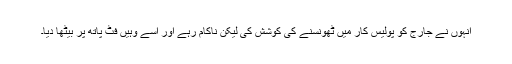
انہوں نے جارج کو پولیس کار میں ٹھونسنے کی کوشش کی لیکن ناکام رہے اور اسے وہیں فٹ پاتھ پر بیٹھا دیا۔